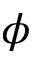
\phi